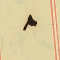
٨